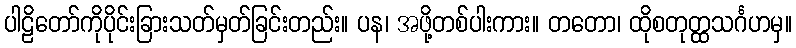
ပါဠိတော်ကိုပိုင်းခြားသတ်မှတ်ခြင်းတည်း။ ပန၊ အဖို့တစ်ပါးကား။ တတော၊ ထိုစတုတ္ထသင်္ဂဟမှ။